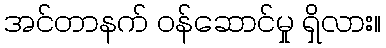
အင်တာနက် ဝန်ဆောင်မှု ရှိလား။